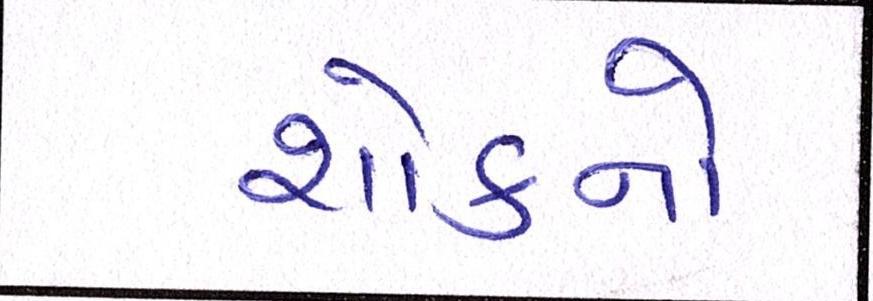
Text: શોકનો